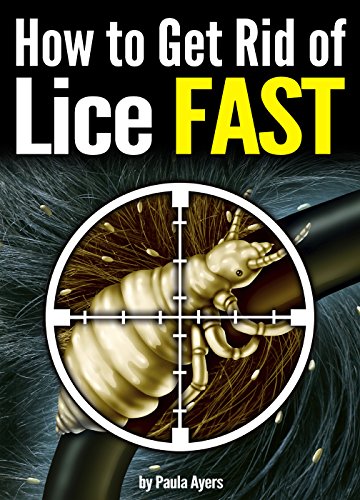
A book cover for How to Get Rid of Lice FAST: An Essential Guide to Getting Rid of Head Lice for Good; Paula Ayers; Health, Fitness & Dieting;